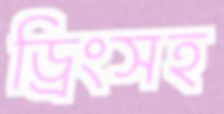
ড্রিংসহ